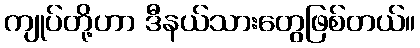
ကျုပ်တို့ဟာ ဒီနယ်သားတွေဖြစ်တယ်။